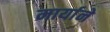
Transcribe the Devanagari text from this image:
मार्याने